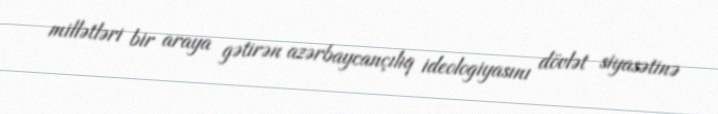
millətləri bir araya gətirən azərbaycançılıq ideologiyasını dövlət siyasətinə